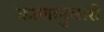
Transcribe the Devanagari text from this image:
कालानुसारी